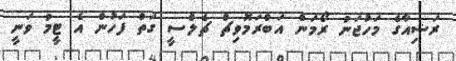
ރަޝިއާގެ މަހުޖަނު ރޯމަން އަބްރަމޮވިޗް ޗެލްސީ ގަތް ފަހުން އެ ޓީމު ވަނީ